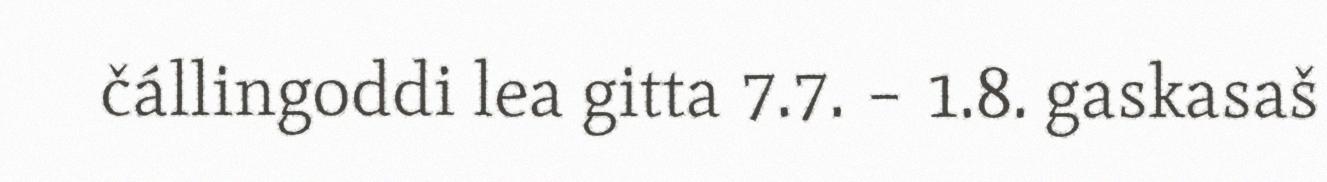
čállingoddi lea gitta 7.7. – 1.8. gaskasaš